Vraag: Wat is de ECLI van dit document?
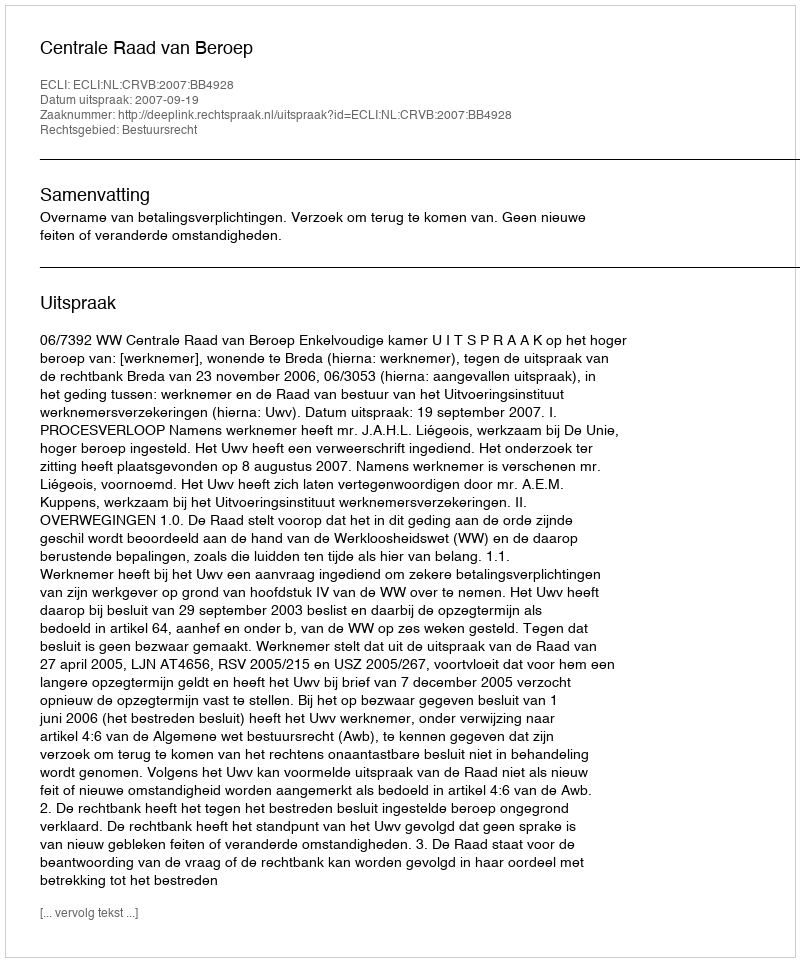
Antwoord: ECLI:NL:CRVB:2007:BB4928